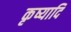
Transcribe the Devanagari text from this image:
कृष्यादि